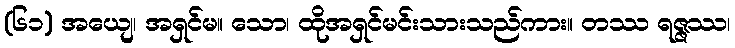
(၆၁) အယျေ၊ အရှင်မ။ သော၊ ထိုအရှင်မင်းသားသည်ကား။ တဿ ရဇ္ဇဿ၊